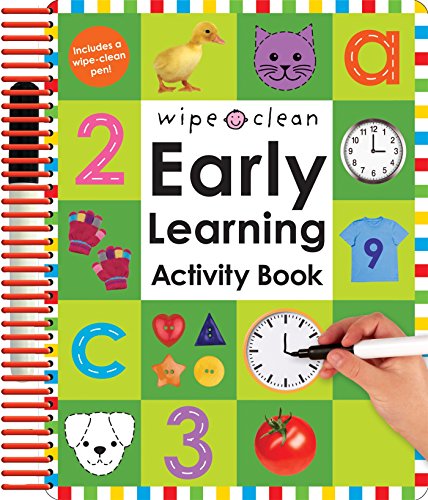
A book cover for Wipe Clean: Early Learning Activity Book (Wipe Clean Early Learning Activity Books); Roger Priddy; Children's Books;